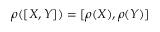
\rho ( [ X , Y ] ) = [ \rho ( X ) , \rho ( Y ) ]